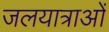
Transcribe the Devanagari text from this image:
जलयात्राओं